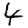
Digit: 4